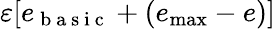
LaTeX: \varepsilon[e_{\mathrm{~b~a~s~i~c~}}+(e_{\operatorname*{max}}-e)]